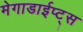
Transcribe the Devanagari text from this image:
मेगाडाईप्ट्स